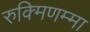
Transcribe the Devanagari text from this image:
रुक्मिणम्मा